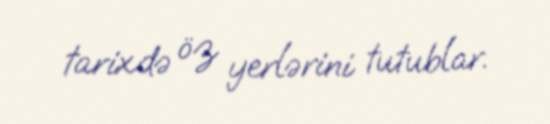
tarixdə öz yerlərini tutublar.